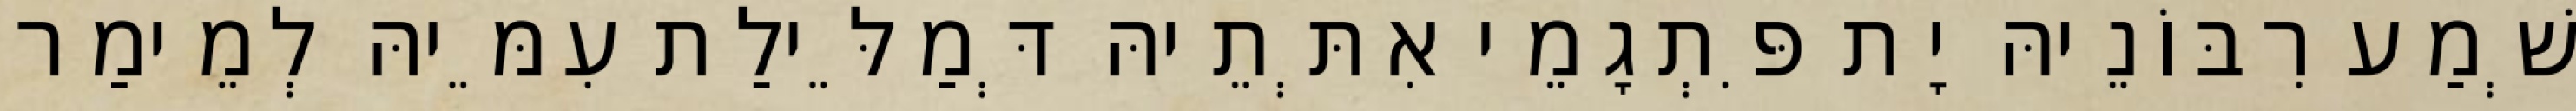
שְׁמַע רִבּוֹנֵיהּ יָת פִּתְגָמֵי אִתְּתֵיהּ דְּמַלֵּילַת עִמֵּיהּ לְמֵימַר